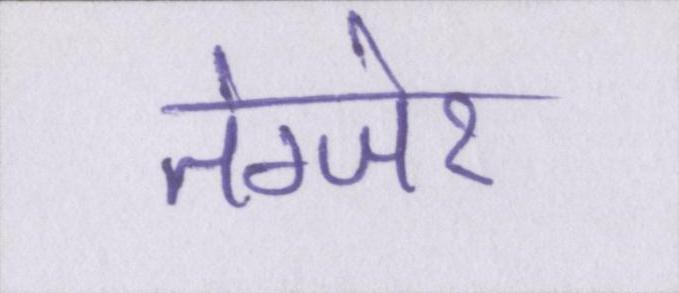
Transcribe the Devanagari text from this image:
तंग्जेर